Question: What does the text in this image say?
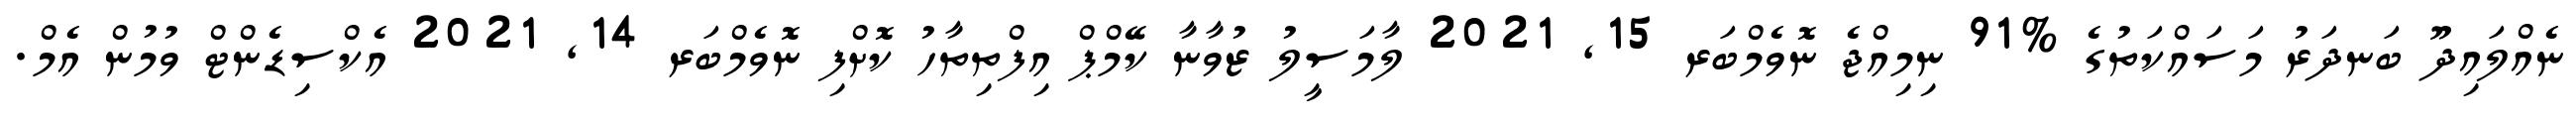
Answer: ނެއްލައިދޫ ބަނދަރު މަސައްކަތުގެ %91 ނިމިއްޖެ ނޮވެމްބަރ 15, 2021 ލާމަސީލު ޒުވާނާ ކޭމްޕް އިފްތިތާހު ކޮށްފި ނޮވެމްބަރ 14, 2021 އެކްސިޑެންޓް ވުމުން އެމް.